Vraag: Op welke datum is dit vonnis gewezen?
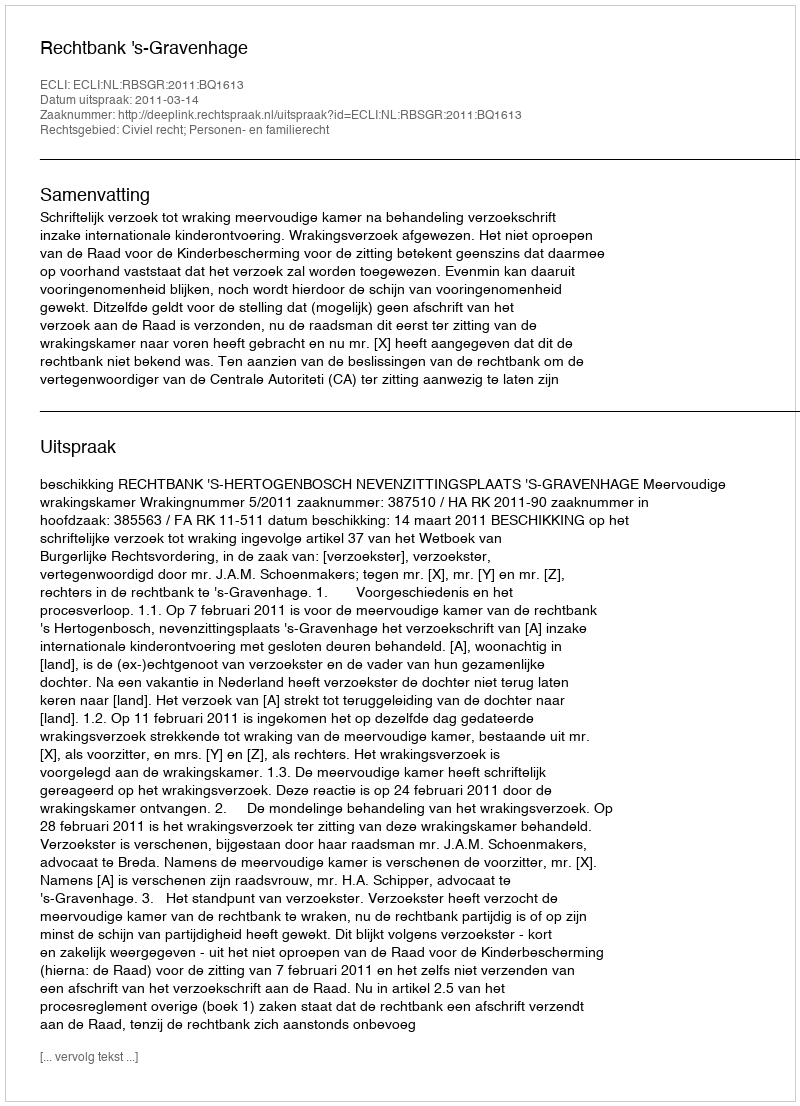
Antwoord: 2011-03-14